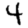
Digit: 4